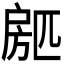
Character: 𱟢